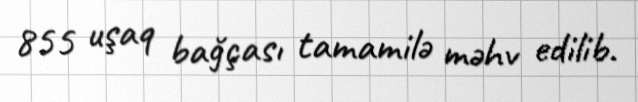
855 uşaq bağçası tamamilə məhv edilib.